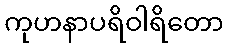
ကုဟနာပရိဝါရိတော